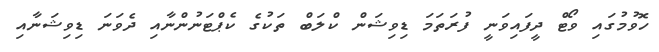
ހޮވުމުގައި ވޯޓް ދީފައިވަނީ ފުރަތަމަ ޑިވިޝަން ކްލަބް ތަކުގެ ކެޕްޓަނުންނާއި ދެވަނަ ޑިވިޝަނާއި